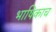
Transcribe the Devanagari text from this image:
भाषिकाच